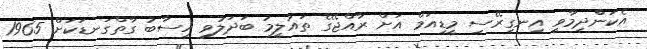
އެކަންްދިމާވީ އިނގިރޭސި މީޑިއަމް އަށް ރާއްޖޭގެ ތައުލީމު ބަދަލުވި ހިސާބު ގާތްގަނޑަކަށް 1965